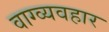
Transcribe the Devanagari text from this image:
वाग्व्यवहार